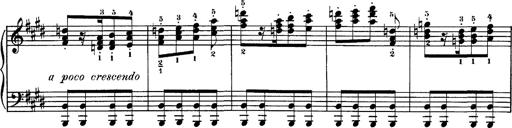
Title: Hungarian Rhapsody No.1
Composer: Franz Liszt
Key: C-sharp minor